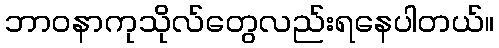
ဘာဝနာကုသိုလ်တွေလည်းရနေပါတယ်။